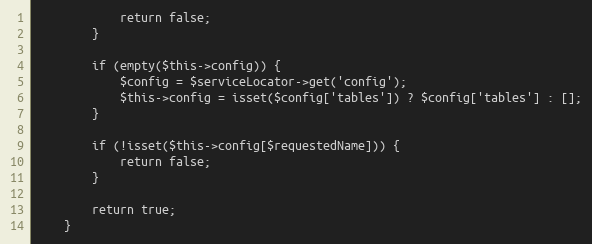
Language: PHP
            return false;
        }

        if (empty($this->config)) {
            $config = $serviceLocator->get('config');
            $this->config = isset($config['tables']) ? $config['tables'] : [];
        }

        if (!isset($this->config[$requestedName])) {
            return false;
        }

        return true;
    }